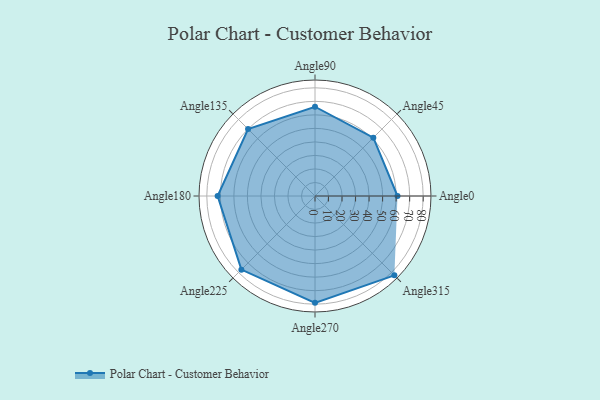
{"axis": {"x": "Angle", "y": "Radius"}, "legend": [""], "data": [{"x": "Angle0", "y": 61.0, "type": ""}, {"x": "Angle45", "y": 61.0, "type": ""}, {"x": "Angle90", "y": 66.0, "type": ""}, {"x": "Angle135", "y": 70.0, "type": ""}, {"x": "Angle180", "y": 72.0, "type": ""}, {"x": "Angle225", "y": 77.0, "type": ""}, {"x": "Angle270", "y": 79.0, "type": ""}, {"x": "Angle315", "y": 83.0, "type": ""}]}